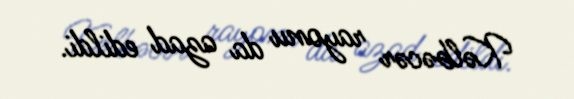
Kəlbəcər rayonu da azad edildi.